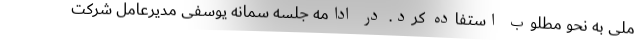
ملی به نحو مطلوب استفاده کرد. در ادامه جلسه سمانه یوسفی مدیرعامل شرکت